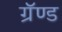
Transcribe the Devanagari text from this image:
ग्रॅण्ड